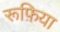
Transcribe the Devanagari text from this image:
रूफ़िया